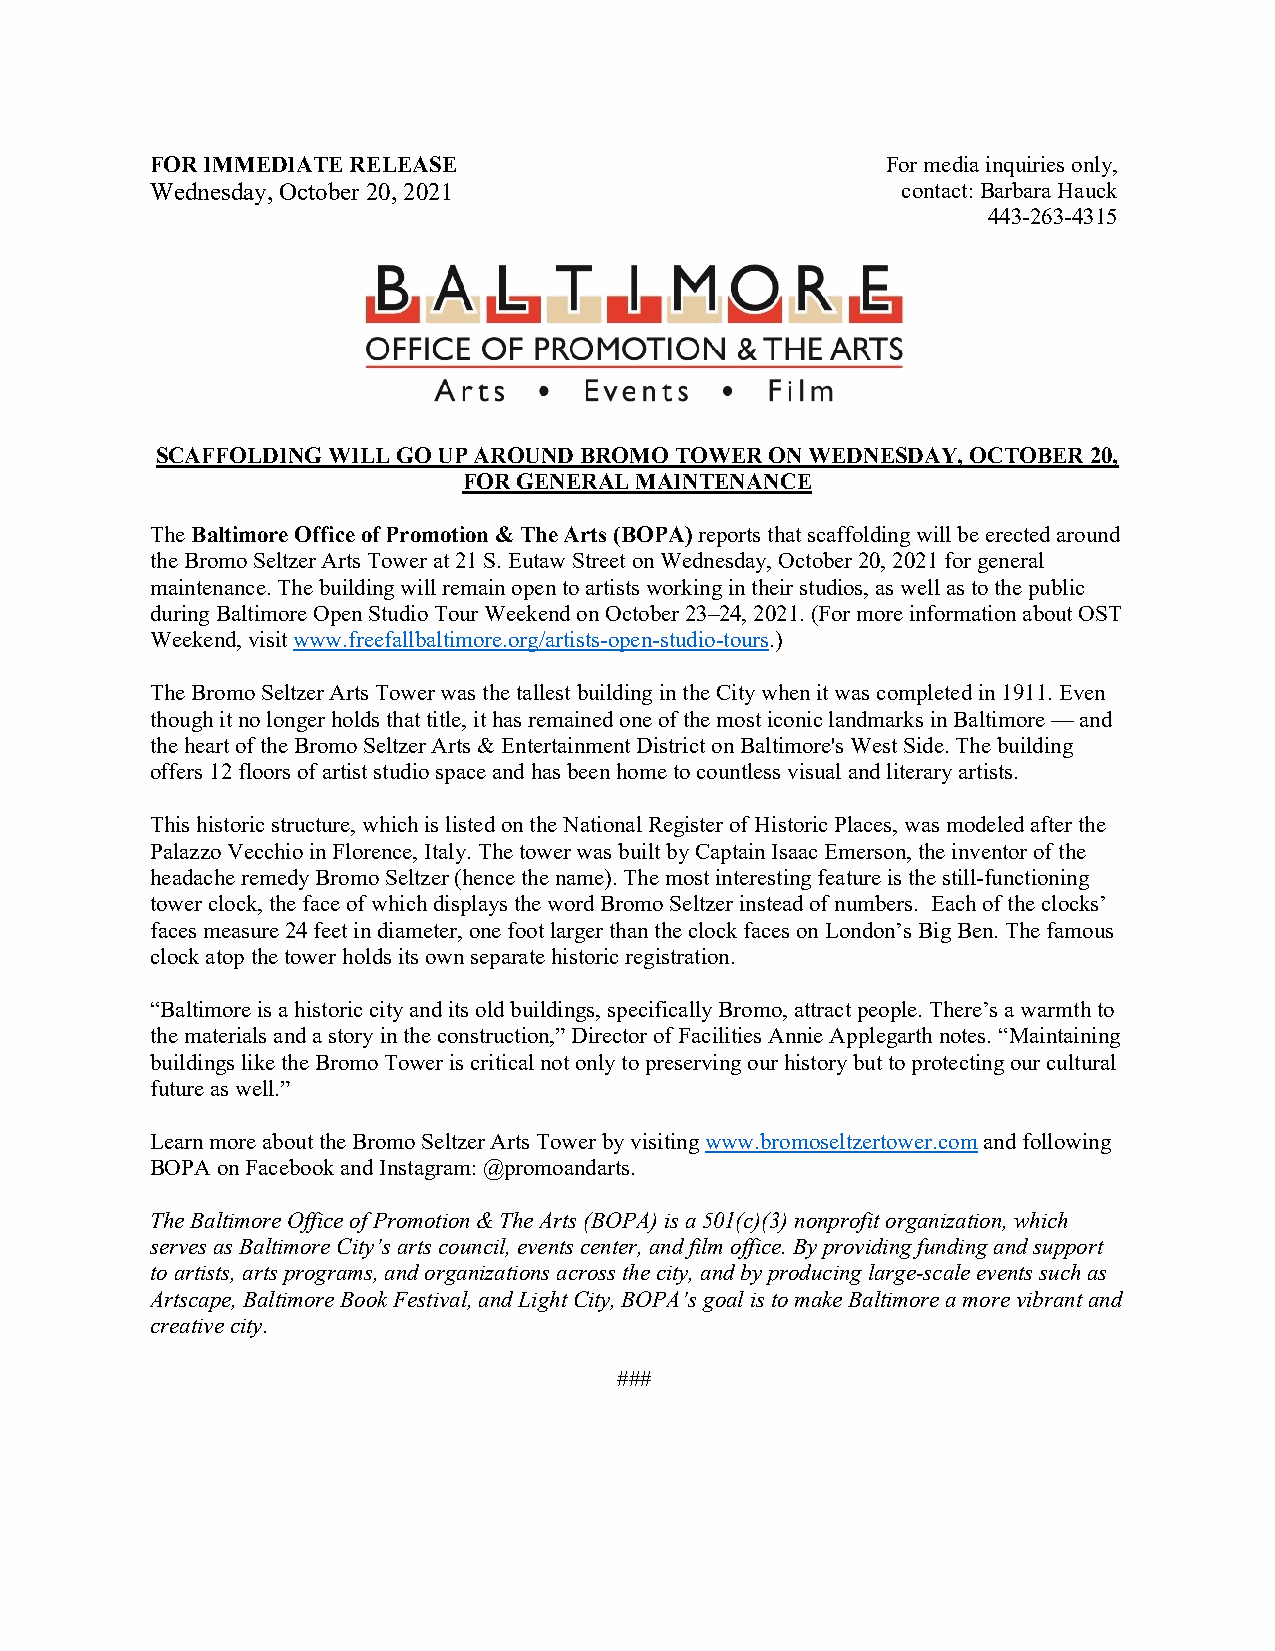
FOR IMMEDIATE RELEASE                            For media inquiries only,
 Wednesday, October 20, 2021                       contact: Barbara Hauck
 443-263-4315
 SCAFFOLDING WILL GO UP AROUND BROMO TOWER ON WEDNESDAY, OCTOBER 20,
 FOR GENERAL MAINTENANCE
 The Baltimore Office of Promotion & The Arts (BOPA) reports that scaffolding will be erected around
 the Bromo Seltzer Arts Tower at 21 S. Eutaw Street on Wednesday, October 20, 2021 for general
 maintenance. The building will remain open to artists working in their studios, as well as to the public
 during Baltimore Open Studio Tour Weekend on October 23–24, 2021. (For more information about OST
 Weekend, visit www.freefallbaltimore.org/artists-open-studio-tours.)
 The Bromo Seltzer Arts Tower was the tallest building in the City when it was completed in 1911. Even
 though it no longer holds that title, it has remained one of the most iconic landmarks in Baltimore — and
 the heart of the Bromo Seltzer Arts & Entertainment District on Baltimore's West Side. The building
 offers 12 floors of artist studio space and has been home to countless visual and literary artists.
 This historic structure, which is listed on the National Register of Historic Places, was modeled after the
 Palazzo Vecchio in Florence, Italy. The tower was built by Captain Isaac Emerson, the inventor of the
 headache remedy Bromo Seltzer (hence the name). The most interesting feature is the still-functioning
 tower clock, the face of which displays the word Bromo Seltzer instead of numbers. Each of the clocks’
 faces measure 24 feet in diameter, one foot larger than the clock faces on London’s Big Ben. The famous
 clock atop the tower holds its own separate historic registration.
 “Baltimore is a historic city and its old buildings, specifically Bromo, attract people. There’s a warmth to
 the materials and a story in the construction,” Director of Facilities Annie Applegarth notes. “Maintaining
 buildings like the Bromo Tower is critical not only to preserving our history but to protecting our cultural
 future as well.”
 Learn more about the Bromo Seltzer Arts Tower by visiting www.bromoseltzertower.com and following
 BOPA on Facebook and Instagram: @promoandarts.
 The Baltimore Office of Promotion & The Arts (BOPA) is a 501(c)(3) nonprofit organization, which
 serves as Baltimore City’s arts council, events center, and film office. By providing funding and support
 to artists, arts programs, and organizations across the city, and by producing large-scale events such as
 Artscape, Baltimore Book Festival, and Light City, BOPA’s goal is to make Baltimore a more vibrant and
 creative city.
 ###